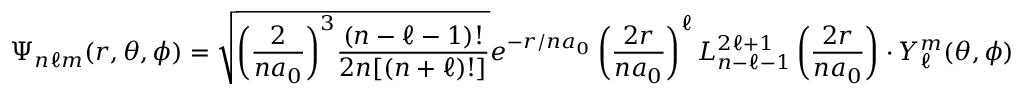
\Psi _ { n \ell m } ( r , \theta , \phi ) = { \sqrt { { \left( { \frac { 2 } { n a _ { 0 } } } \right) } ^ { 3 } { \frac { ( n - \ell - 1 ) ! } { 2 n [ ( n + \ell ) ! ] } } } } e ^ { - r / n a _ { 0 } } \left( { \frac { 2 r } { n a _ { 0 } } } \right) ^ { \ell } L _ { n - \ell - 1 } ^ { 2 \ell + 1 } \left( { \frac { 2 r } { n a _ { 0 } } } \right) \cdot Y _ { \ell } ^ { m } ( \theta , \phi )